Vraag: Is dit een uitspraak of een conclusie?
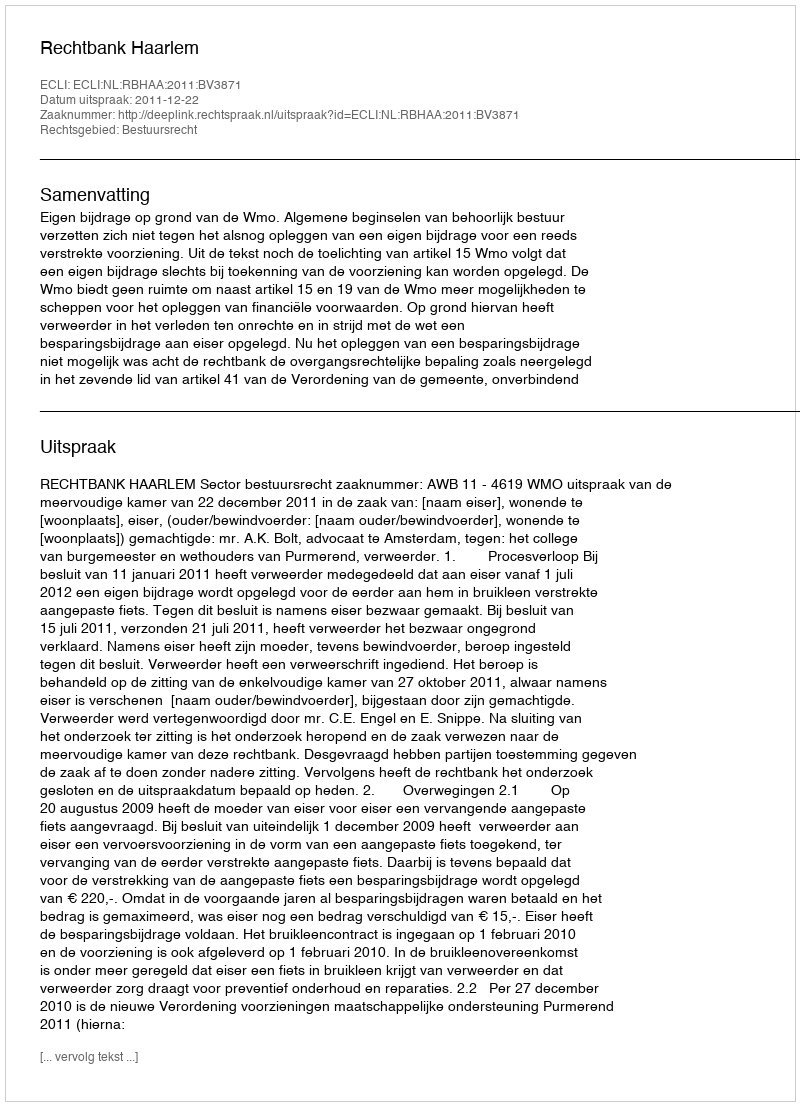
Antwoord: Uitspraak